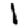
Digit: 1